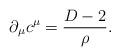
LaTeX: \begin{align*}\partial_\mu c^\mu=\frac{D-2}{\rho}. \end{align*}